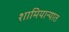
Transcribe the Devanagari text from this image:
शामियान्यात